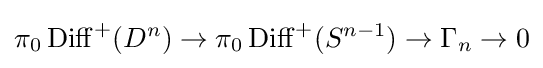
\pi _{0}\operatorname {Diff} ^{+}(D^{n})\to \pi _{0}\operatorname {Diff} ^{+}(S^{n-1})\to \Gamma _{n}\to 0